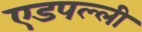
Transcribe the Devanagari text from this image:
एडपल्ली